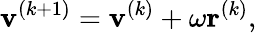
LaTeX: \textbf{v}^{(k+1)}=\textbf{v}^{(k)}+\omega\textbf{r}^{(k)},